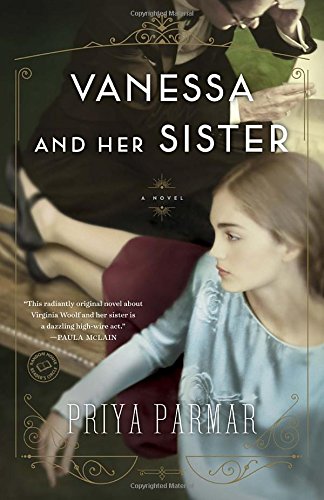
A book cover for Vanessa and Her Sister: A Novel; Priya Parmar; Literature & Fiction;